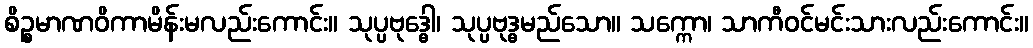
စိဉ္စမာဏဝိကာမိန်းမလည်းကောင်း။ သုပ္ပဗုဒ္ဓေါ၊ သုပ္ပဗုဒ္ဓမည်သော။ သက္ကော၊ သာကီဝင်မင်းသားလည်းကောင်း။